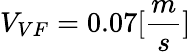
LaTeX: V_{VF}=0.07[\frac{m}{s}]